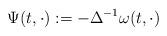
LaTeX: \begin{align*}\Psi(t,\cdot) := -\Delta^{-1} \omega(t,\cdot) \end{align*}